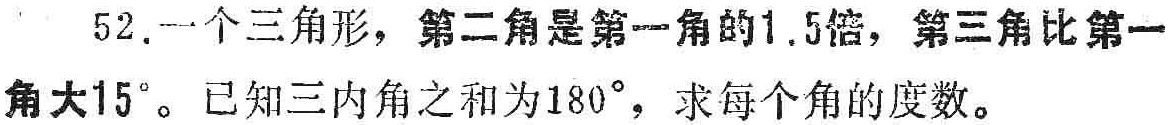
52. 一个三角形，第二角是第一角的1.5倍，第三角比第一角大15°。已知三内角之和为180°，求每个角的度数。